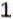
1